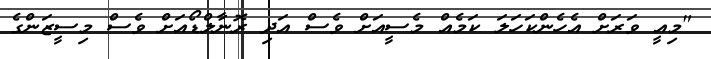
"މިއީ ވަރަށް އެހެންކަހަލަ ކަމެއް މެސީއަށް ވެސް އަދި ރޮނާލްޑޯއަށް ވެސް މިސީޒަންގެ